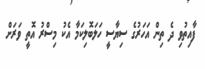
ފާއިތުވި ދެ ތިން އަހަރުގެ ސިޔާސީ ހަލަބޮލިކަމާ އެކު މިސްރު އޮތީ ވަރަށް